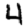
Digit: 4